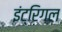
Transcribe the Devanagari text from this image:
इंट्रिगल